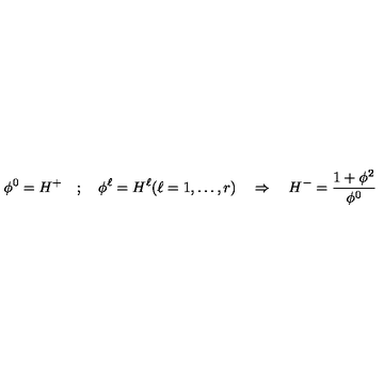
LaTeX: \phi ^ { 0 } = H ^ { + } \quad ; \quad \phi ^ { \ell } = H ^ { \ell } ( \ell = 1 , \dots , r ) \quad \Rightarrow \quad H ^ { - } = \frac { 1 + \mathbf { \phi } ^ { 2 } } { \phi ^ { 0 } }